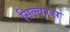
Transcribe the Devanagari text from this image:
सिल्वरस